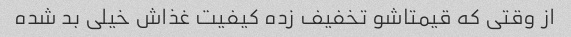
از وقتی که قیمتاشو تخفیف زده کیفیت غذاش خیلی بد شده